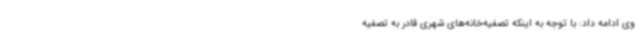
وی ادامه داد: با توجه به اینکه تصفیه‌خانه‌های شهری قادر به تصفیه